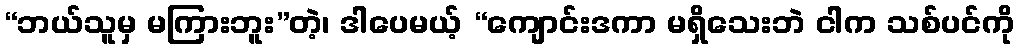
“ဘယ်သူမှ မကြားဘူး”တဲ့၊ ဒါပေမယ့် “ကျောင်းဒကာ မရှိသေးဘဲ ငါက သစ်ပင်ကို